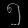
Digit: ၅